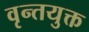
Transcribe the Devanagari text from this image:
वृन्तयुक्त